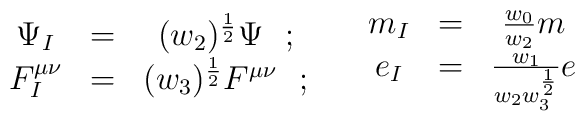
\begin{array}{ccc}  \Psi_I &=&(w_2)^{\frac{1}{2}}\Psi~~;\\  F^{\mu\nu}_I &=&(w_3)^{\frac{1}{2}} F^{\mu\nu}~~;  \end {array}   \quad  \begin{array}{ccc}   m_I&=&\frac{w_0}{w_2}m \\  e_I &=& \frac{w_1}{w_2w^{\frac{1}{2}}_3} e  \end{array}